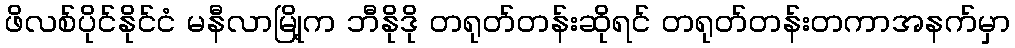
ဖိလစ်ပိုင်နိုင်ငံ မနီလာမြို့က ဘီနိုဒို တရုတ်တန်းဆိုရင် တရုတ်တန်းတကာအနက်မှာ